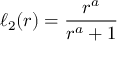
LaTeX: \ell _ { 2 } ( r ) = { \frac { r ^ { a } } { r ^ { a } + 1 } }